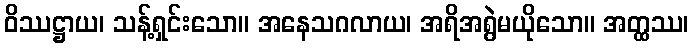
ဝိဿဋ္ဌာယ၊ သန့်ရှင်းသော။ အနေသဂလာယ၊ အရိအရွဲမယိုသော။ အတ္ထဿ၊